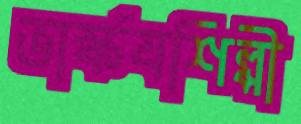
ভার্স্কযশিল্পী